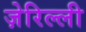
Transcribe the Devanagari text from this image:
ज़ेरिल्ली